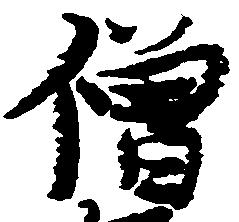
僧